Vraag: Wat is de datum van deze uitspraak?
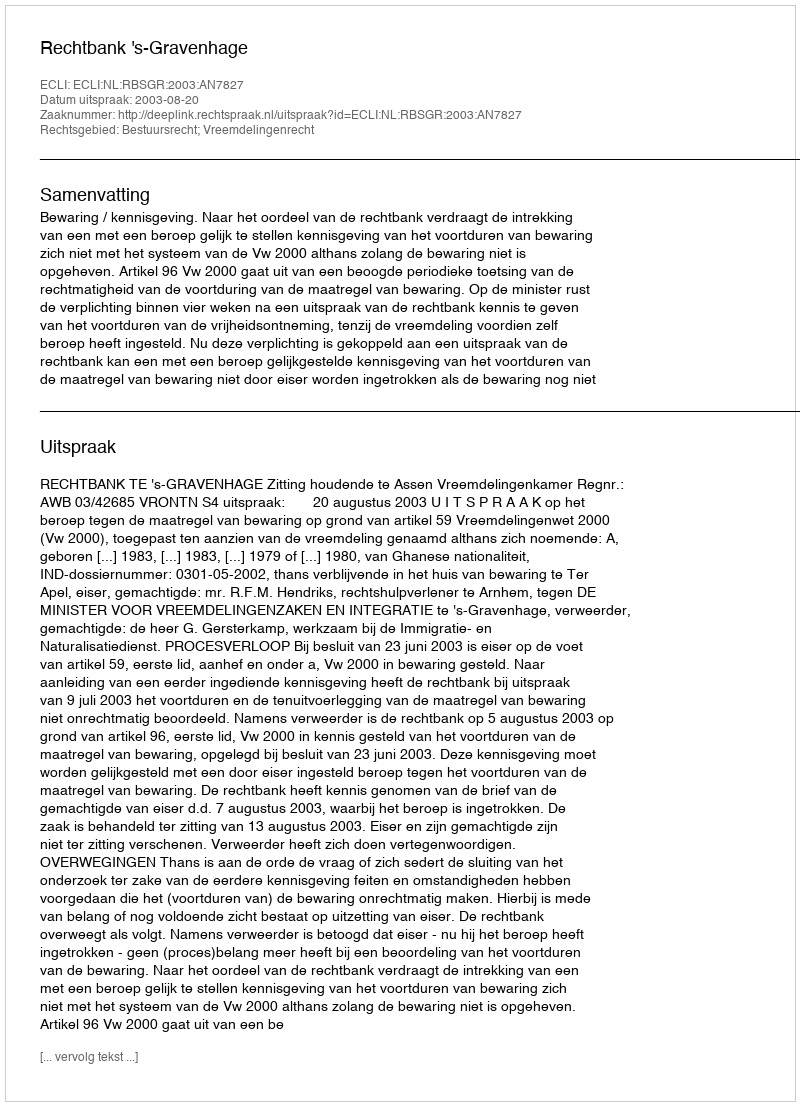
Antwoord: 2003-08-20